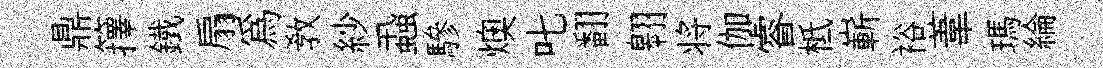
鼎籜鐵扇爲教紗蝨驂燠叱翻翱将伽睿柢嶄裕葦瑪綸